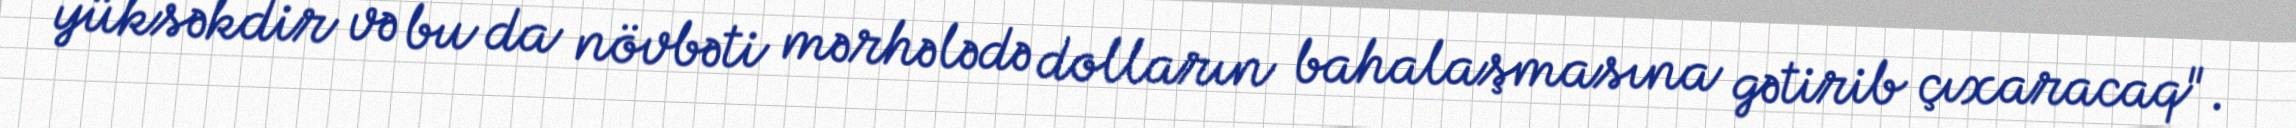
yüksəkdir və bu da növbəti mərhələdə dolların bahalaşmasına gətirib çıxaracaq".